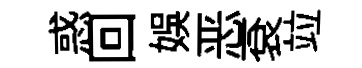
惑回娱恶袞竝